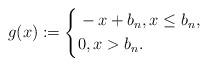
LaTeX: \begin{align*}g(x):=\left\lbrace \begin{aligned}&-x+b_n,x\leq b_n,\\&0,x>b_n.\end{aligned} \right.\end{align*}